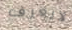
لايعرف